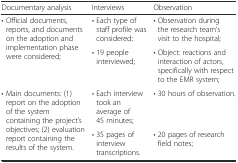
<table><thead><tr><td><b>Documentary analysis</b></td><td><b>Interviews</b></td><td><b>Observation</b></td></tr></thead><tbody><tr><td rowspan="2">• Official documents, reports, and documents on the adoption and implementation phase were considered;</td><td>• Each type of staff profile was considered;</td><td>• Observation during the research team’s visit to the hospital;</td></tr><tr><td>• 19 people interviewed;</td><td>• Object: reactions and interaction of actors, specifically with respect to the EMR system;</td></tr><tr><td rowspan="2">• Main documents: (1) report on the adoption of the system containing the project’s objectives; (2) evaluation report containing the results of the system.</td><td>• Each interview took an average of 45 minutes;</td><td>• 30 hours of observation.</td></tr><tr><td>• 35 pages of interview transcriptions.</td><td>• 20 pages of research field notes;</td></tr></tbody></table>